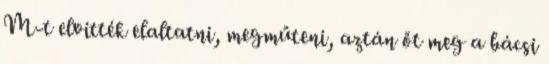
M-t elvitték elaltatni, megműteni, aztán őt meg a bácsi